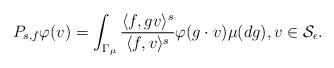
LaTeX: \begin{align*} P_{s,f} \varphi(v) = \int_{\Gamma_{\mu}} \frac{\langle f, g v \rangle^s}{\langle f, v \rangle^s} \varphi(g\cdot v) \mu(dg), v \in \mathcal{S}_\epsilon. \end{align*}